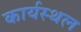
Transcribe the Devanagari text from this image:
कार्यस्‍थल